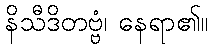
နိသီဒိတဗ္ဗံ၊ နေရာ၏။